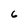
Character: 6